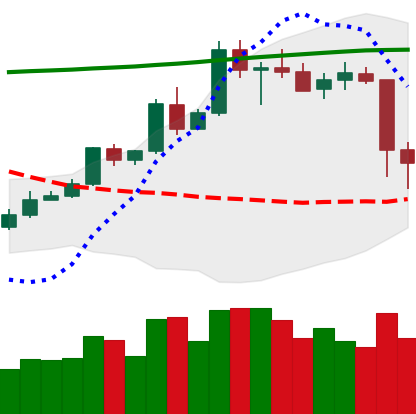
Ticker: ETC-USD
Chart end date: 2020-05-11
Forward return: 10.748%
Label: up_7plus